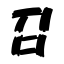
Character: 召